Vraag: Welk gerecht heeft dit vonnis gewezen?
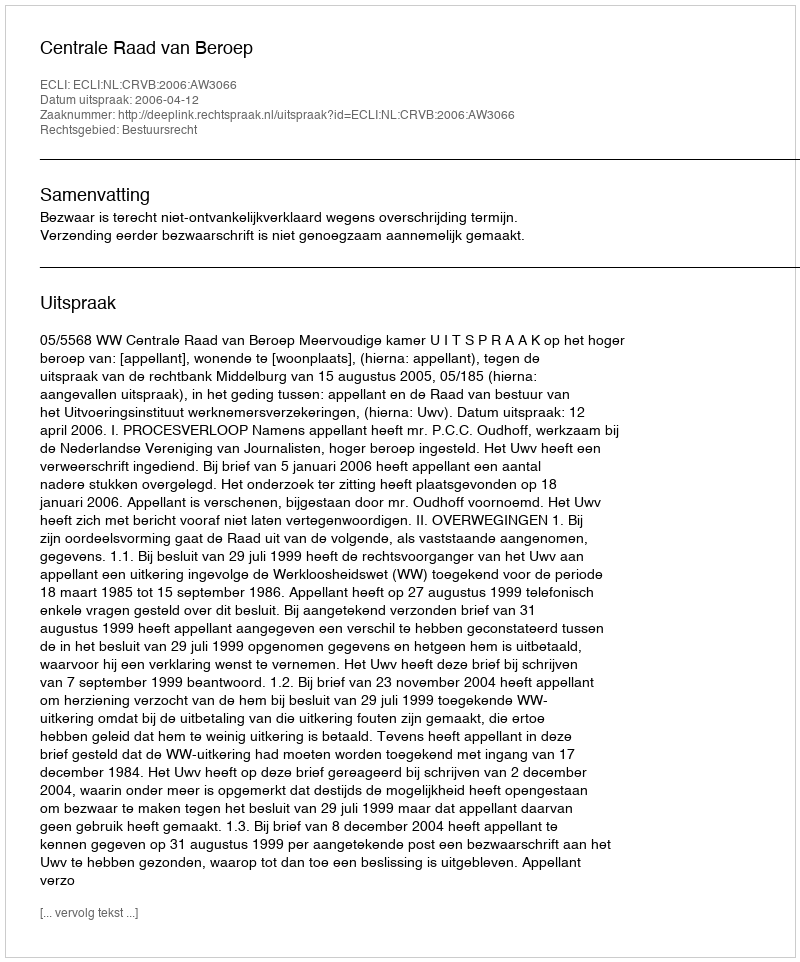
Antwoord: Centrale Raad van Beroep